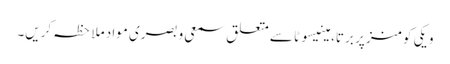
ویکی کومنز پر برتا، مینیسوٹا سے متعلق سمعی و بصری مواد ملاحظہ کریں۔